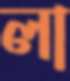
লা